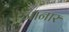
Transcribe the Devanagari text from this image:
जानार